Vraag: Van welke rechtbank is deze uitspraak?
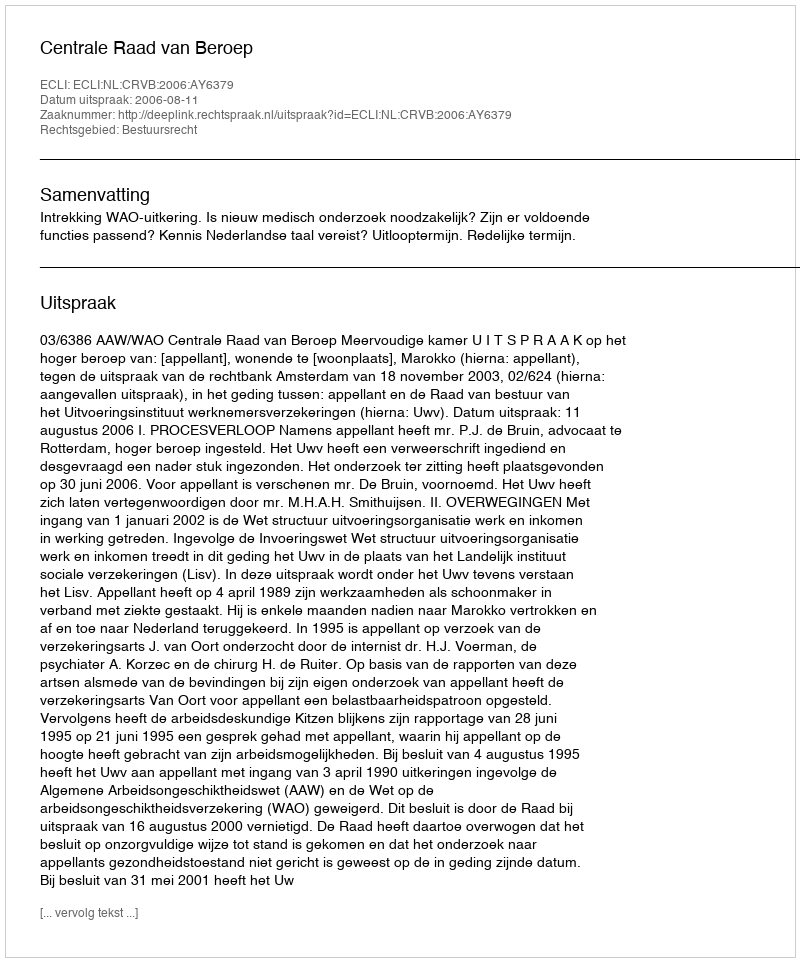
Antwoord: Centrale Raad van Beroep